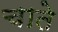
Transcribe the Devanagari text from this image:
चाते